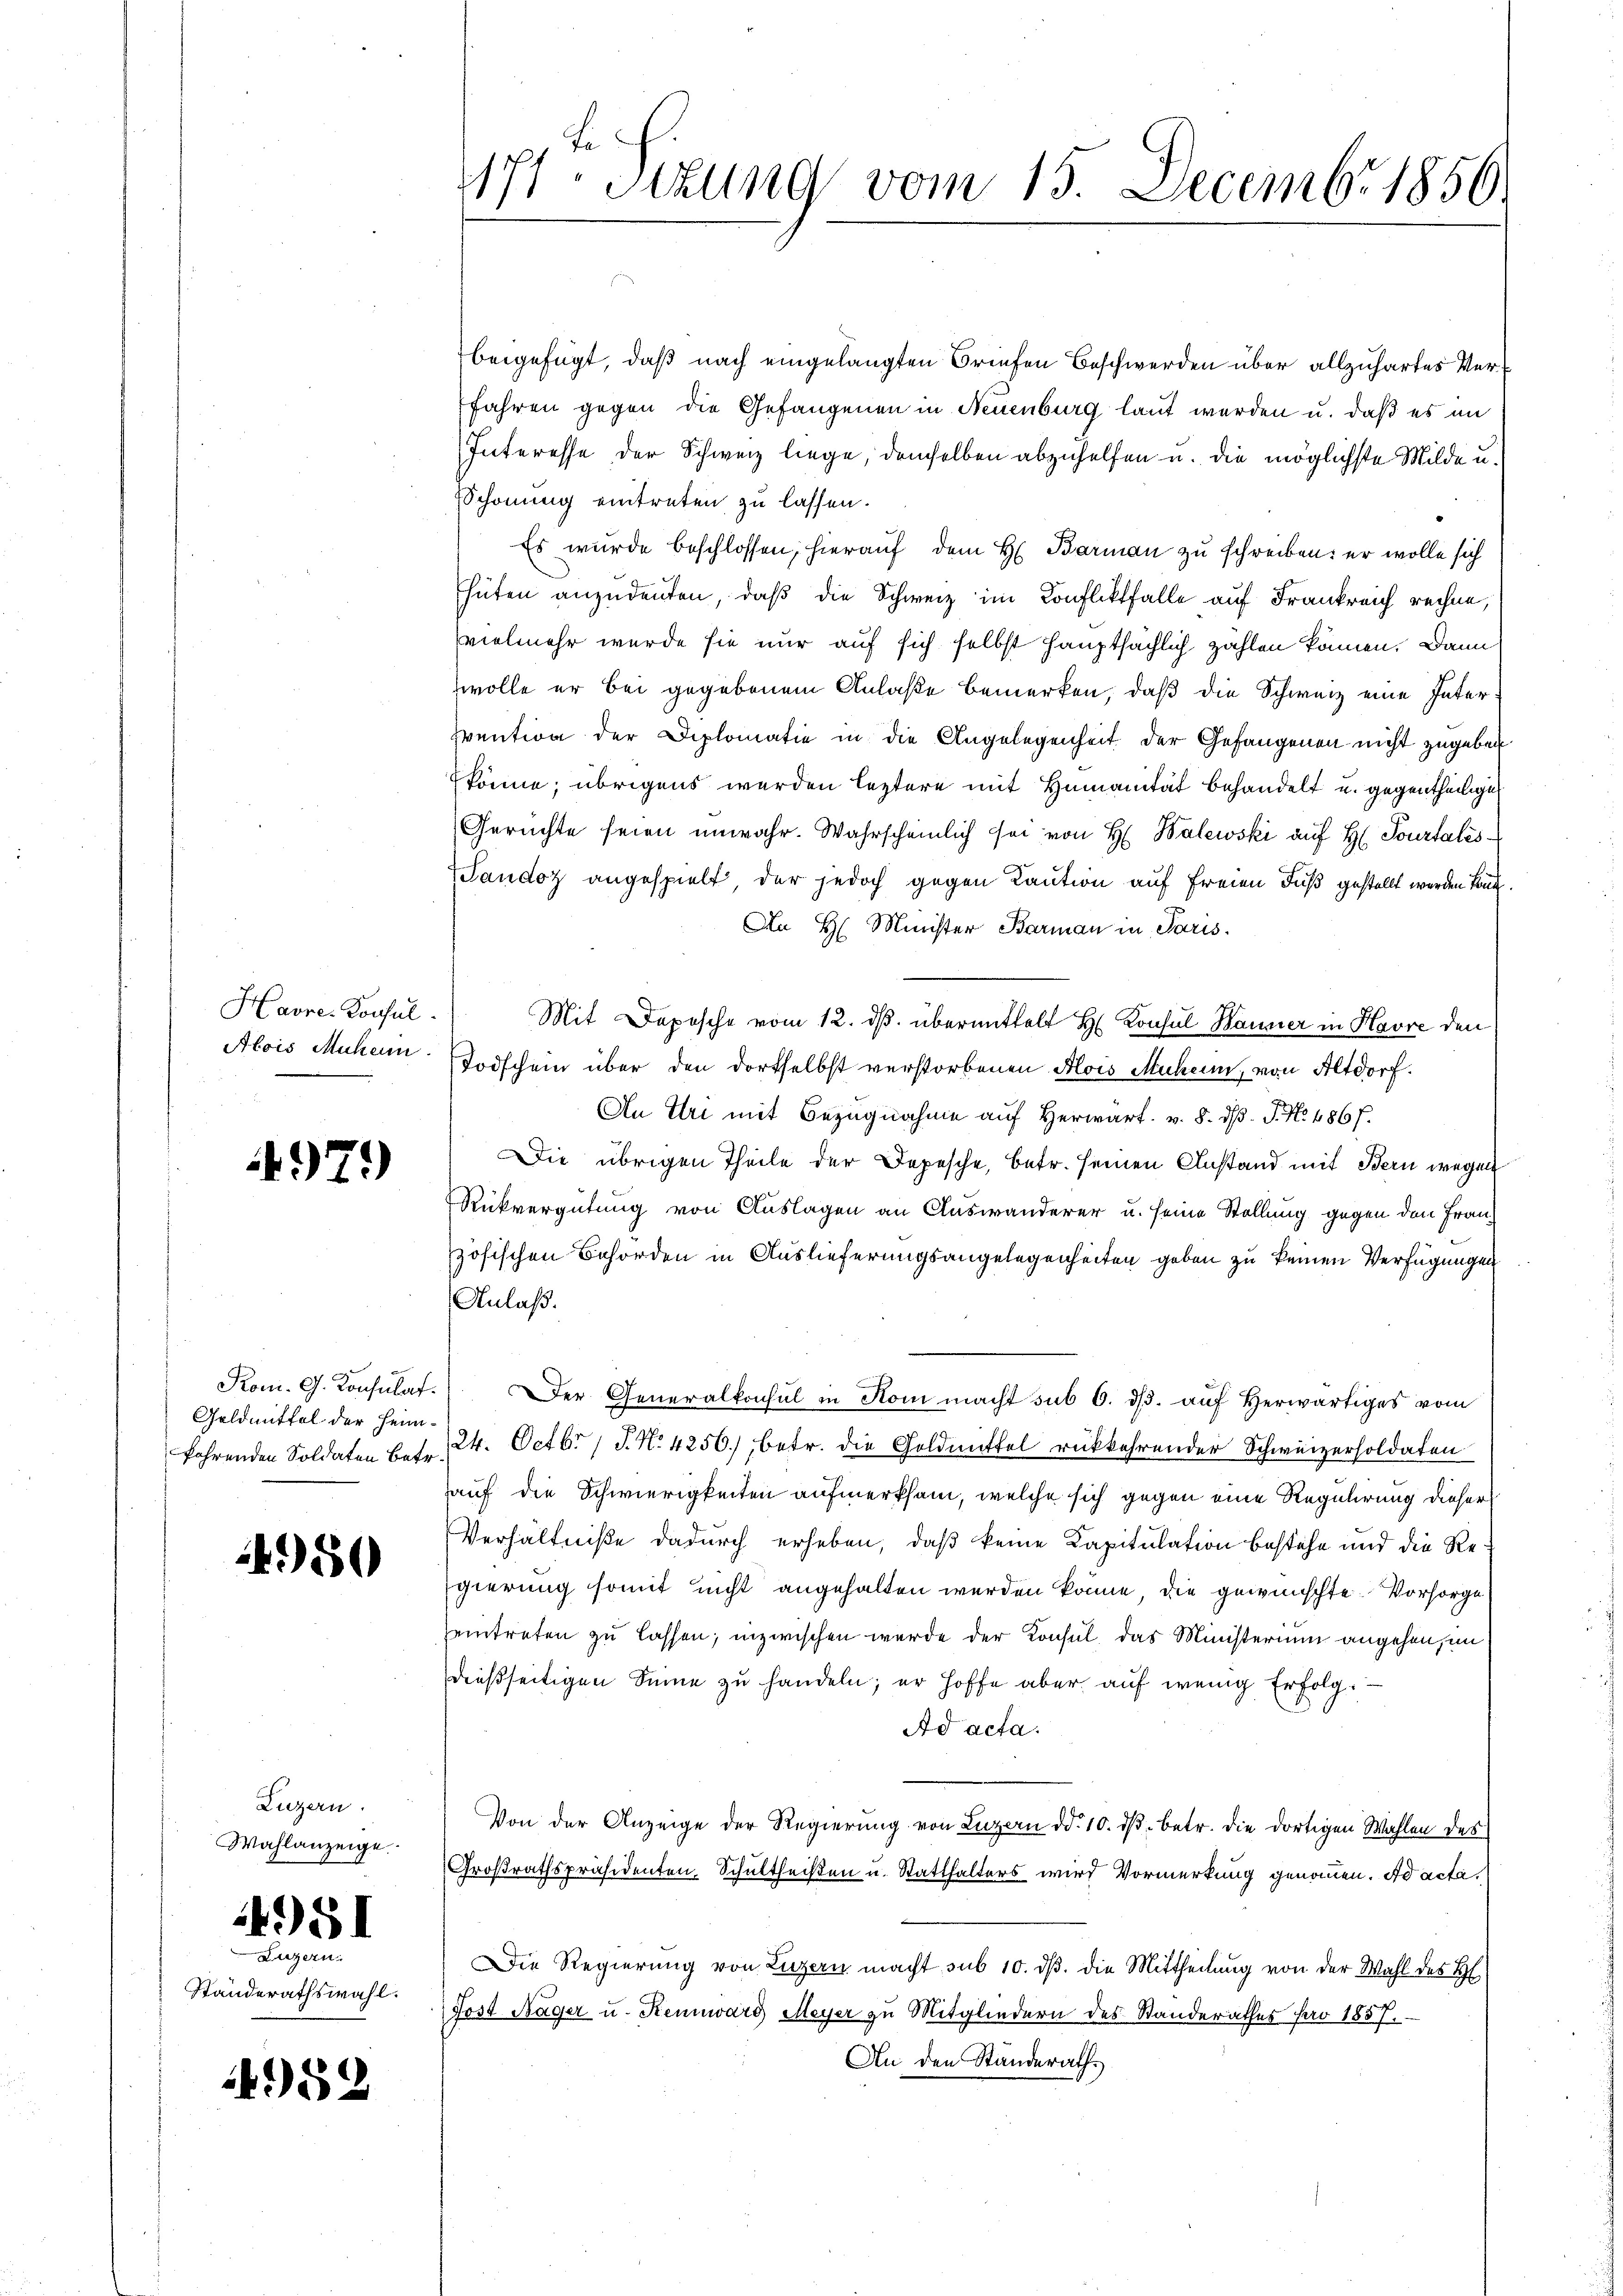
Havre-Konsul
Alois Muhern

979)

Rom. G. Konsulat.
Geldmittel der Heim¬

450

Luzern.
Wahlanzeige

Largau.
Ständerathswahl.

4951

4952

beigefügt, daß nach eingelangten Briefen Beschwerden über allzuhartes Ver¬
Jahren gegen die Gefangenen in Neuenburg laut werden u. daß es an
Interesse der Schweiz liege, demselben abzuhelfen u. die möglichste Milde u.
Schonung eintreten zu lassen.
Es wurde beschlossen, hierauf dem H. Barmann zu schreiben: er wolle sich
Thüten anzudeuten, daß die Schweiz im Konfliktfalle auf Frankreich rechne,
vielmehr wurde sie nur auf sich selbst hauptsächlich zahlen können. Dann
wolle er bei gegebenem Anlaße bemerken, daß die Schweiz eine Inter¬
Evention der Diplomatie in die Angelegenheit der Gefangenen nicht zugeben
könne; übrigens werden leztere mit Humanität behandelt u. gegentheilige
Gerüchte seien unwahr. Wahrscheinlich sei von H. Balewski auf H. Pourtales
Sandoz angespielt, der jedoch gegen Caution auf freien Fuß gestellt werden kann.
An H. Minister Barmann in Paris.
Mit Depesche vom 12. ds. übermittelt H. Konsul Baumer in Havre den
Todschein über den dortselbst verstorbenen Alois Muhen, von Altdorf.
An Uri mit Bezugnahme auf Herwarf. v. 8. d. J. No. 486 f.
Die übrigen Theile der Depesche, betr. seinen Anstand mit Bern wegen
Rückvergütung von Auslagen an Auswanderer u. seine Stellung gegen den Französischen Behörden in Auslieferungsangelegenheiten geben zu keinen Verfügungen
Anlaß.
Der Generalkonsul in Kom macht sub 6. ds. auf Herwärtiges vom
fahrenden Soldaten Betr. 24. Octbr. 1 S. N. 4256.) betr. die Geldmittel rückkehrender Schweizerholdaten
auf die Schwierigkeiten aufmerksam, welche sich gegen eine Regulirung dieser
Verhältniße dadurch erheben, daß keine Kapitulation bestehe und die Regierung somit nicht angehalten werden könne, die gewünschte Vorsorge
eintreten zu lassen; inzwischen wurde der Konsul, das Ministerium angehen, im
dießseitigen Sinne zu handeln; er hoffe aber auf wenig Erfolg.
Ad acta.
Von der Anzeige der Regierung von Luzern d. 10. dβ betr. die dortigen Wahlen des
Großrathspräsidenten- Schultheißen u. Statthalters wird Vormerkung genommen. Ad acta.
Die Regierŭng von Luzern macht sub 10. dβ. die Mittheilŭng von der Wahl des H
Jost Nager u. Rennward Meyer zu Mitgliedern des Standerathes pro 1857.
An den Standerath

te
171 Sitzung vom 15. Decembr 1856.